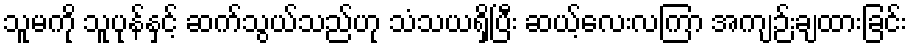
သူမကို သူပုန်နှင့် ဆက်သွယ်သည်ဟု သံသယရှိပြီး ဆယ့်လေးလကြာ အကျဉ်းချထားခြင်း